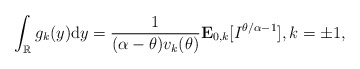
\begin{align*}\int_{\mathbb{R}}g_k(y){\rm d}y=\frac{1}{ (\alpha -\theta)v_k(\theta)}\mathbf{E}_{0,k} [I^{\theta/\alpha-1} ], k=\pm1,\end{align*}